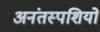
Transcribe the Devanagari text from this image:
अनंतस्पशियों